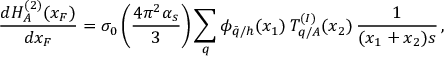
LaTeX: \frac { d H _ { A } ^ { ( 2 ) } ( x _ { F } ) } { d x _ { F } } = \sigma _ { 0 } \left( \frac { 4 \pi ^ { 2 } \alpha _ { s } } { 3 } \right) \sum _ { q } \phi _ { \bar { q } / h } ( x _ { 1 } ) \, T _ { q / A } ^ { ( I ) } ( x _ { 2 } ) \, \frac { 1 } { ( x _ { 1 } + x _ { 2 } ) s } \, ,